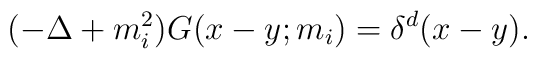
(-\Delta+m^{2}_{i})G(x-y;m_{i})=\delta^{d}(x-y).